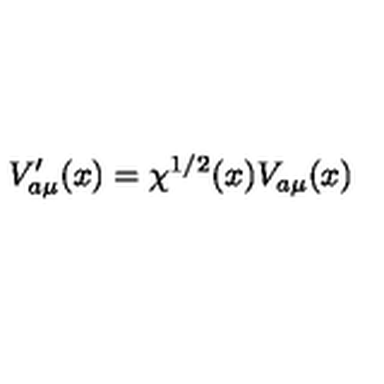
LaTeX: V _ { a \mu } ^ { \prime } ( x ) = \chi ^ { 1 / 2 } ( x ) V _ { a \mu } ( x )